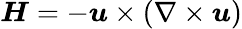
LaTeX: \boldsymbol{H}=-\boldsymbol{u}\times(\nabla\times\boldsymbol{u})